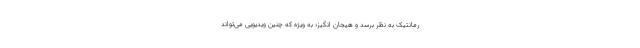
رمانتیک به نظر برسد و هیجان انگیز؛ به ویژه که چنین ویدیویی می‌تواند